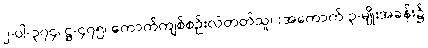
၂-ပါ-၃၇၄၊ ဋ္ဌ-၄၇၅၊ ကောက်ကျစ်စဉ်းလဲတတ်သူ၊ (အကောက် ၃-မျိုးအခန်း၌